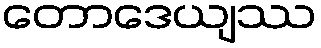
တောဒေယျဿ